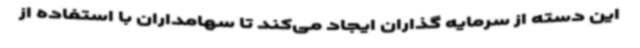
این دسته از سرمایه گذاران ایجاد می‌کند تا سهامداران با استفاده از